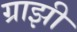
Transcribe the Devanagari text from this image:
ग्राझी